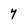
Character: 7